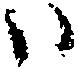
ハ